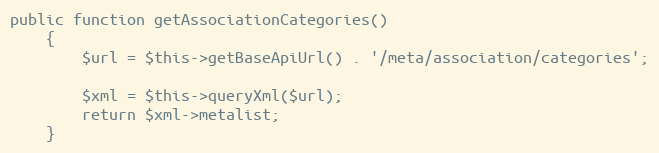
Language: PHP
public function getAssociationCategories()
    {
        $url = $this->getBaseApiUrl() . '/meta/association/categories';

        $xml = $this->queryXml($url);
        return $xml->metalist;
    }